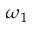
\omega _ { 1 }